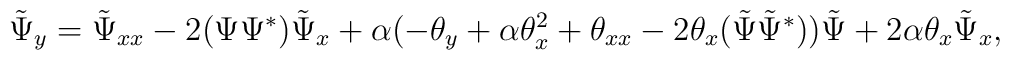
\tilde  \Psi_{y}= \tilde  \Psi_{xx}-2 (\Psi  \Psi^* ) \tilde  \Psi_x + \alpha( -{\theta}_y + \alpha{\theta}_x^2  +{\theta}_{xx}  -2\theta_x (\tilde \Psi \tilde \Psi^* ) )\tilde  \Psi     +2\alpha{\theta}_x\tilde  \Psi_x,